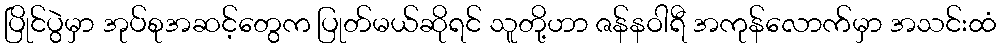
ပြိုင်ပွဲမှာ အုပ်စုအဆင့်တွေက ပြုတ်မယ်ဆိုရင် သူတို့ဟာ ဇန်နဝါရီ အကုန်လောက်မှာ အသင်းထံ